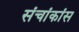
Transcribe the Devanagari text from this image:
संचांकांस